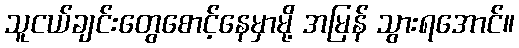
သူငယ်ချင်းတွေစောင့်နေမှာမို့ အမြန် သွားရအောင်။